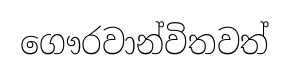
ගෞරවාන්විතවත්